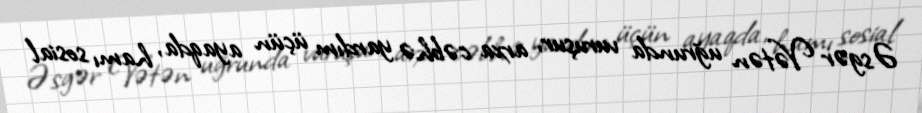
Əsgər Vətən uğrunda vuruşur, arxa cəbhə yardım üçün ayaqda, hamı sosial